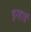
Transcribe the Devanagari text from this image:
इरहार्ड